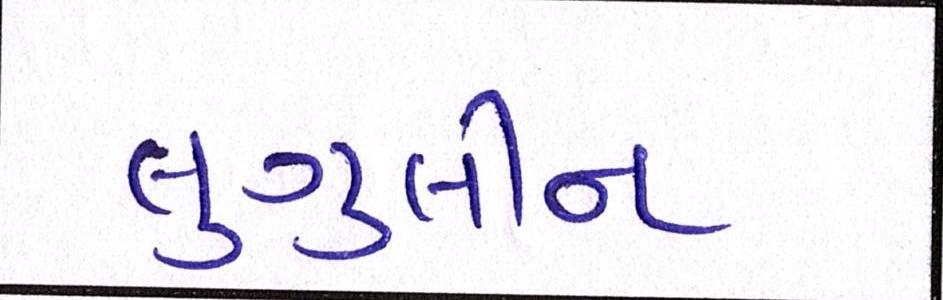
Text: લુગુલીન